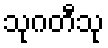
သုဂတီသု